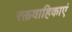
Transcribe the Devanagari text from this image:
रक्तवाहिकाएं